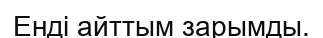
Енді айттым зарымды.